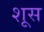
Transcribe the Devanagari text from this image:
शूस